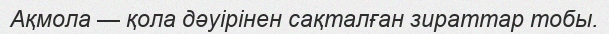
Ақмола — қола дәуірінен сақталған зираттар тобы.